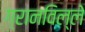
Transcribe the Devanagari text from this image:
ग्रानविल्ले